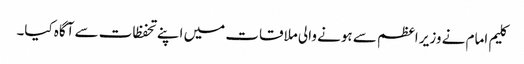
کلیم امام نے وزیر اعظم سے ہونے والی ملاقات میں اپنے تحفظات سے آگاہ کیا۔